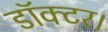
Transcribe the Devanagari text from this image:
डाॅक्टर।